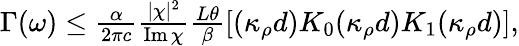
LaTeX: \begin{array}{r}{\Gamma(\omega)\leq\frac{\alpha}{2\pi c}\frac{|\chi|^{2}}{\operatorname{Im}\chi}\frac{L\theta}{\beta}\left[(\kappa_{\rho}d)K_{0}(\kappa_{\rho}d)K_{1}(\kappa_{\rho}d)\right],}\end{array}